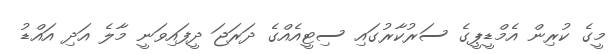
މީގެ ކުރިން އެމްޑީޕީގެ ސަރުކާރުގައި ސިޓީއެއްގެ ދަރަޖަ ދީފައިވަނީ މާލެ އަދި އައްޑު